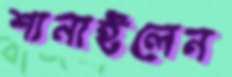
শানাইলেন